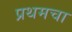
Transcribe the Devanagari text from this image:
प्रथमचा